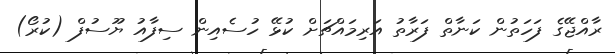
ރާއްޖޭގެ ފަހަތުން ކަނާތް ފަރާތު އަރިމައްޗަށް ކުޅޭ ހުސެއިން ސިފާއު ޔޫސުފް (ކުރޯ)